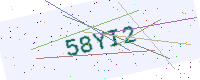
Text: 58YI2